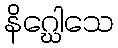
နိဂ္ဃေါသေ